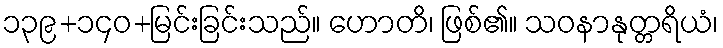
၁၃၉+၁၄၀+မြင်းခြင်းသည်။ ဟောတိ၊ ဖြစ်၏။ သဝနာနုတ္တရိယံ၊